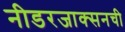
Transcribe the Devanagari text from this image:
नीडरजाक्सनची